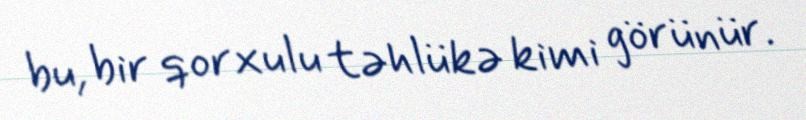
bu, bir qorxulu təhlükə kimi görünür.